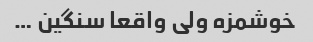
خوشمزه ولی واقعا سنگین …